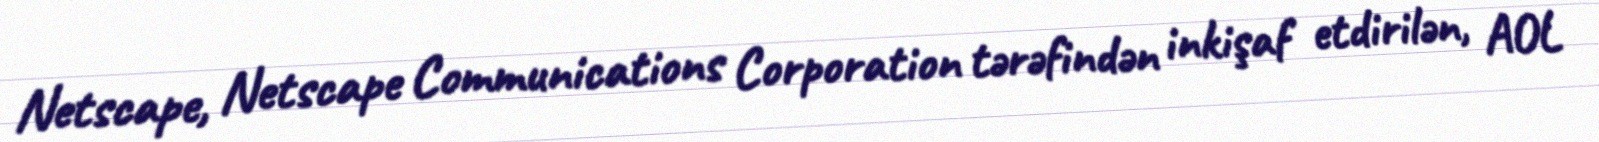
Netscape, Netscape Communications Corporation tərəfindən inkişaf etdirilən, AOL